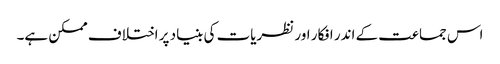
اس جماعت کے اندر افکار اور نظریات کی بنیاد پر اختلاف ممکن ہے۔